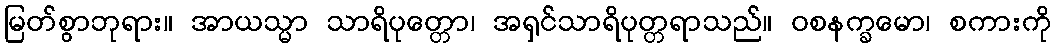
မြတ်စွာဘုရား။ အာယသ္မာ သာရိပုတ္တော၊ အရှင်သာရိပုတ္တရာသည်။ ဝစနက္ခမော၊ စကားကို